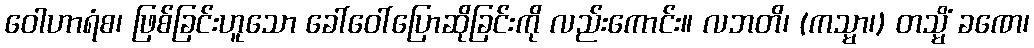
ဝေါဟာရံစ၊ ဖြစ်ခြင်းဟူသော ခေါ်ဝေါ်ပြောဆိုခြင်းကို လည်းကောင်း။ လဘတိ၊ (ကသ္မာ၊) တသ္မိံ ခဏေ၊